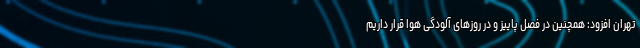
تهران افزود: همچنین در فصل پاییز و در روزهای آلودگی هوا قرار داریم